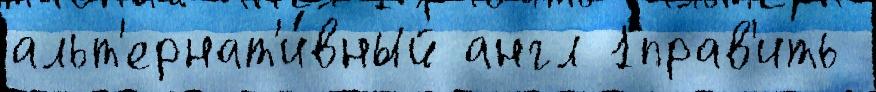
альт'ернат'и́вный англ 1прав'ить